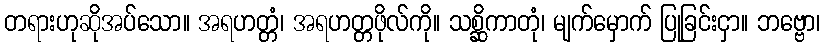
တရားဟုဆိုအပ်သော။ အရဟတ္တံ၊ အရဟတ္တဖိုလ်ကို။ သစ္ဆိကာတုံ၊ မျက်မှောက် ပြုခြင်းငှာ။ ဘဗ္ဗော၊